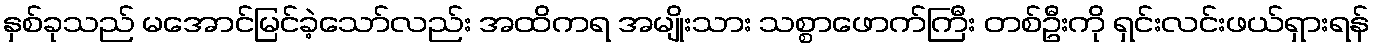
နှစ်ခုသည် မအောင်မြင်ခဲ့သော်လည်း အထိကရ အမျိုးသား သစ္စာဖောက်ကြီး တစ်ဦးကို ရှင်းလင်းဖယ်ရှားရန်